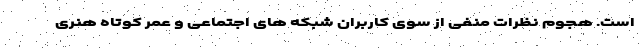
است. هجوم نظرات منفی از سوی کاربران شبکه های اجتماعی و عمر کوتاه هنری